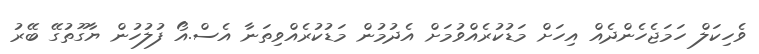
ވެހިކަލް ހަމަޖެހެންދެއް އިހަށް މަޑުކުރެއްވުމަށް އެދުމުން މަޑުކުރެއްވިތަނާ އެސް.އޯ ފުލުހުން ޔާގޫތުގޭ ބޭރު